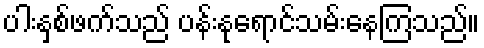
ပါးနှစ်ဖက်သည် ပန်းနုရောင်သမ်းနေကြသည်။